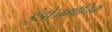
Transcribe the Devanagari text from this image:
इंडोजर्मानिक